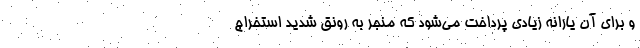
و برای آن یارانه زیادی پرداخت می‌شود که منجر به رونق شدید استخراج